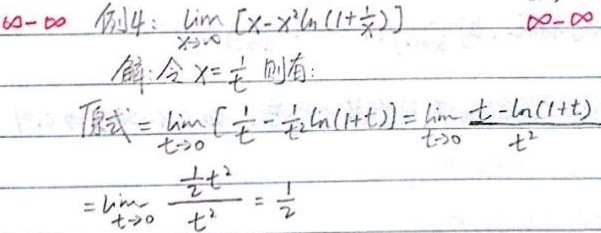
$\infty-\infty$ 例4: $\lim_{x \to \infty}[x - x^{2}\ln(1+\frac{1}{x})]$

$\infty-\infty$解: 令 $x = \frac{1}{t}$ ，则有:
原式 $=\lim_{t \to 0}[\frac{1}{t}-\frac{1}{t^{2}}\ln(1 + t)]=\lim_{t \to 0}\frac{t-\ln(1 + t)}{t^{2}}$
$=\lim_{t \to 0}\frac{\frac{1}{2}t^{2}}{t^{2}}=\frac{1}{2}$